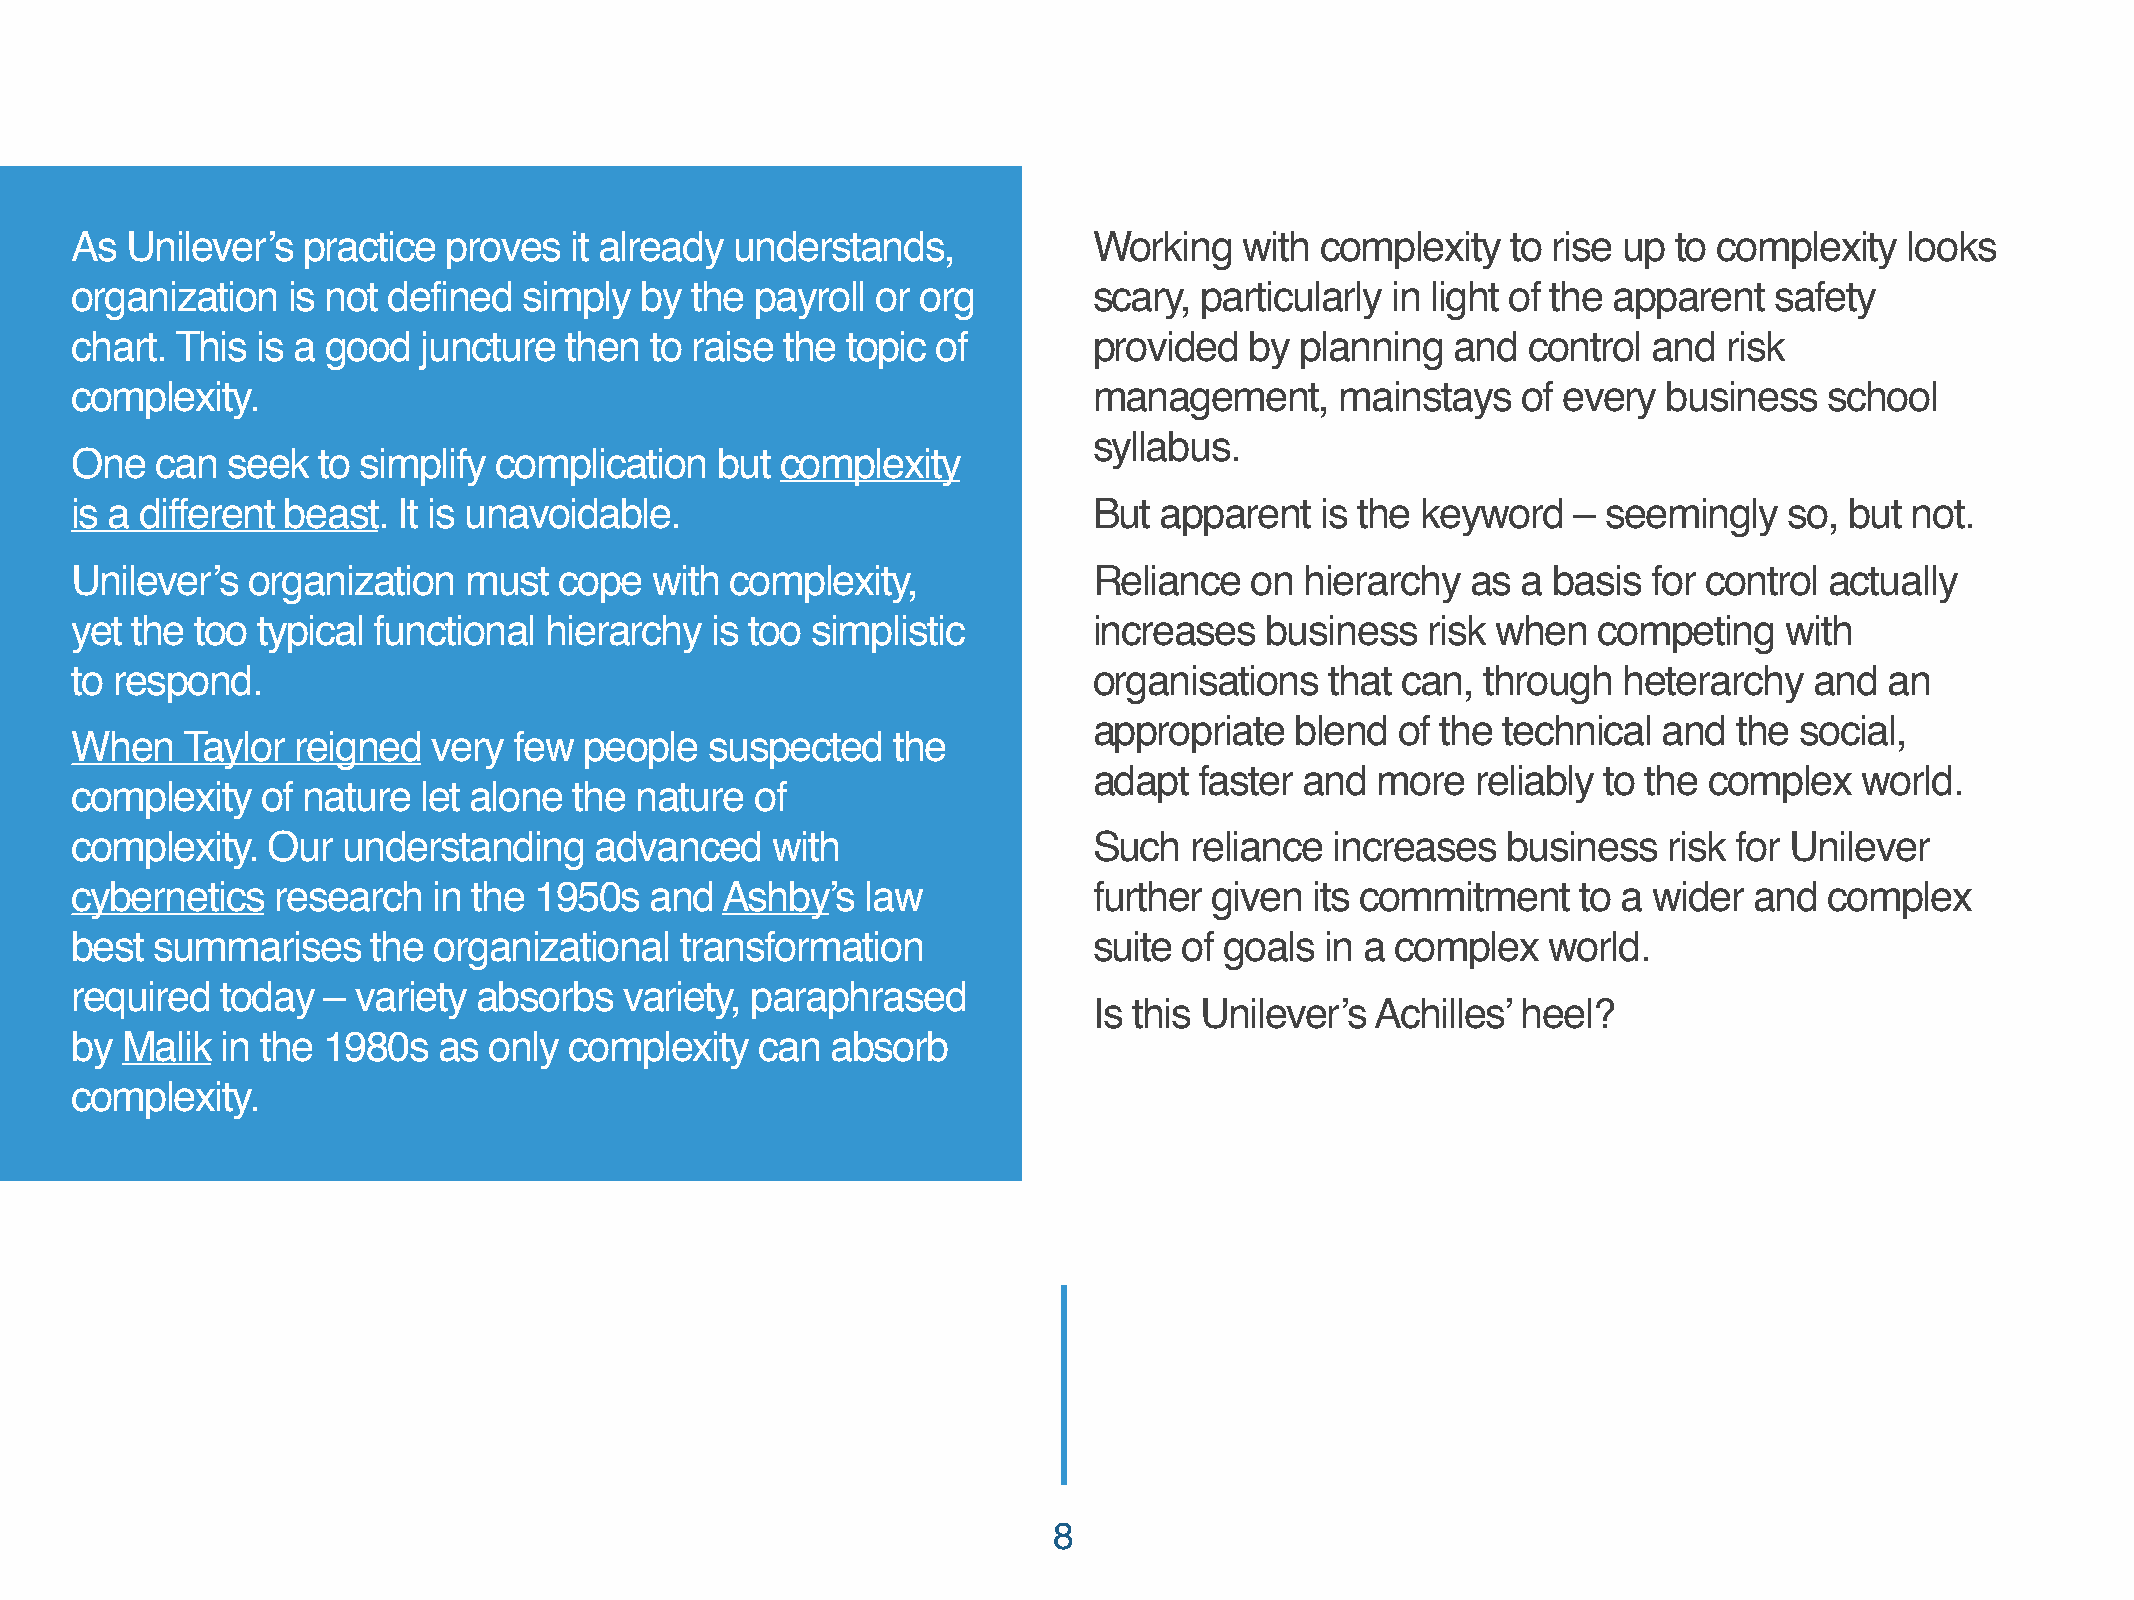
As Unilever’s  practice  proves  it already understands,           Working   with complexity   to rise up to complexity  looks
 organization  is not defined  simply by  the payroll or org        scary, particularly in light of the apparent safety
 chart. This is a good  juncture then  to raise the topic of        provided   by planning  and  control and  risk
 complexity.                                                        management,      mainstays   of every business   school
 syllabus.
 One  can  seek  to simplify complication  but  complexity
 is a different beast. It is unavoidable.                           But  apparent  is the keyword   – seemingly   so, but  not.
 Unilever’s organization   must  cope  with complexity,             Reliance   on hierarchy  as  a basis for control actually
 yet the too typical functional hierarchy  is too simplistic        increases   business  risk when   competing   with
 to respond.                                                        organisations   that can, through  heterarchy   and  an
 appropriate   blend  of the technical and  the social,
 When   Taylor reigned   very few  people  suspected   the
 adapt  faster and  more   reliably to the complex  world.
 complexity  of nature  let alone the nature  of
 complexity.  Our  understanding   advanced    with                 Such   reliance increases   business  risk for Unilever
 cybernetics  research   in the 1950s  and  Ashby’s  law            further given  its commitment    to a wider and  complex
 best summarises     the organizational  transformation             suite of goals  in a complex  world.
 required  today –  variety absorbs  variety, paraphrased
 Is this Unilever’s Achilles’ heel?
 by Malik  in the 1980s  as only  complexity  can  absorb
 complexity.
 8